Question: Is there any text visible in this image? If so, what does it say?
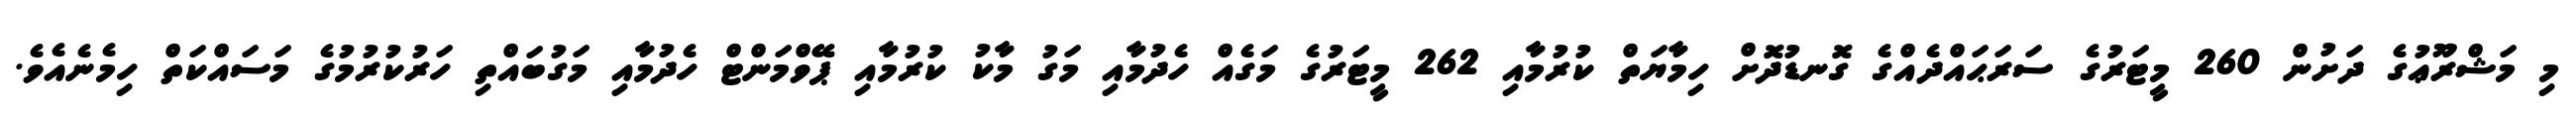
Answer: މި މަޝްރޫޢުގެ ދަށުން 260 މީޓަރުގެ ސަރަޙައްދެއްގެ ގޮނޑުދޮށް ހިމާޔަތް ކުރުމާއި 262 މީޓަރުގެ މަގެއް ހެދުމާއި މަގު މާކު ކުރުމާއި ޕޭވްމަންޓް ހެދުމާއި މަގުބައްތި ހަރުކުރުމުގެ މަސައްކަތް ހިމެނެއެވެ.